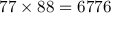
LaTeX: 7 7 \times 8 8 = 6 7 7 6